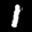
Label: 1